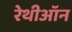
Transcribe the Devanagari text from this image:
रेथीऑन